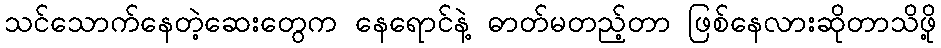
သင်သောက်နေတဲ့ဆေးတွေက နေရောင်နဲ့ ဓာတ်မတည့်တာ ဖြစ်နေလားဆိုတာသိဖို့